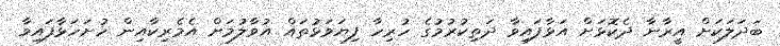
ބަދަލަކަށް އީރާނާ ދެކޮޅަށް އަޅާފައިވާ ދަތިކުރުމުގެ ހުރިހާ ފިޔަވަޅުތައް އުވާލުމަށް އެމެރިކާއިން ހުށަހަޅާފައިވާ